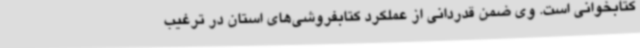
کتابخوانی است. وی ضمن قدردانی از عملکرد کتابفروشی‌های استان در ترغیب